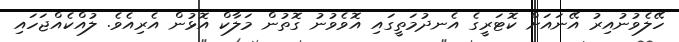
ހޭލެވުނުއިރު އޭނައަށް ކޮޓަރީގެ އެނދުމަތީގައި އޮވެވުނު ގޮތުން މަލާކް އޮޅުން އެރިއެވެ. ލުއްކެއްޖަހައި